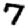
Digit: 7